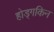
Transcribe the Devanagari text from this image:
होड्गकिन